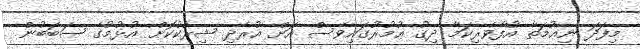
މިފަދަ ނިޢުމަތާ އުފާވެރިކަމާ ދިގު ޢުުމުރުގައިވެސް އަށް އުރެދި ޝިރުކުކޮށް އުޅުމުގެ ސަބަބުން